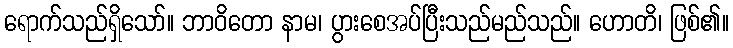
ရောက်သည်ရှိသော်။ ဘာဝိတော နာမ၊ ပွားစေအပ်ပြီးသည်မည်သည်။ ဟောတိ၊ ဖြစ်၏။